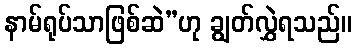
နာမ်ရုပ်သာဖြစ်ဆဲ”ဟု ချွတ်လွှဲရသည်။